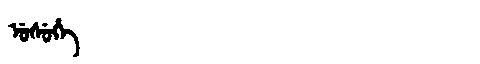
Manchu: ᡠᠰᡠᡥᡝ
Romanization: USUHE